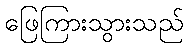
ဖြေကြားသွားသည်